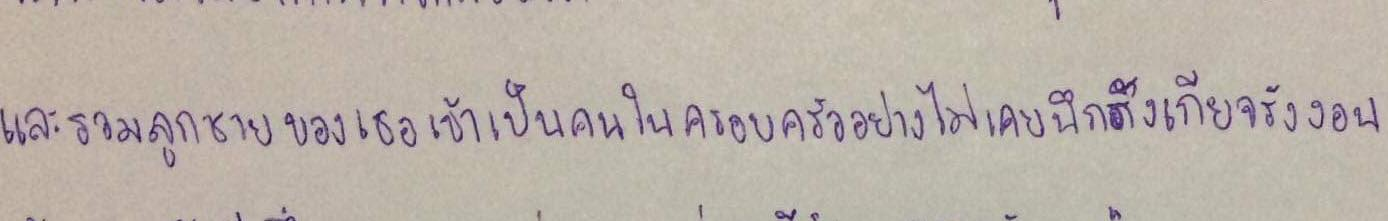
และรวมลูกชายของเธอเข้าเป็นคนในครอบครัวอย่างไม่เคยนึกรังเกียจรังงอน...